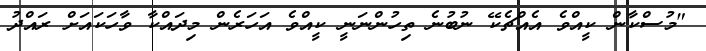
"މުސްކާން ކީއްވެ އެއްޗެކޭ ނުބުނެ ތިހުންނަނީ ކީއްވެ އަހަރެން މިދައްކާ ވާހަކައަށް ރައްދު